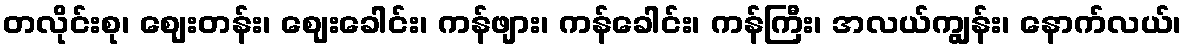
တလိုင်းစု၊ ဈေးတန်း၊ ဈေးခေါင်း၊ ကန်ဖျား၊ ကန်ခေါင်း၊ ကန်ကြီး၊ အလယ်ကျွန်း၊ နောက်လယ်၊